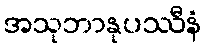
အသုဘာနုပဿီနံ